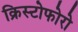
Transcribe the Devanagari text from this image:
क्रिस्टोफोरो